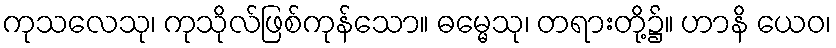
ကုသလေသု၊ ကုသိုလ်ဖြစ်ကုန်သော။ ဓမ္မေသု၊ တရားတို့၌။ ဟာနိ ယေဝ၊